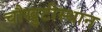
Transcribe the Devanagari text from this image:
चौखुटीस्थान